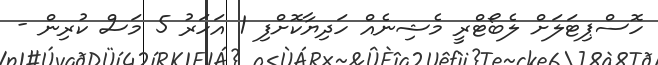
ހޮސްޕިޓަލަށް ލެބޯޓްރީ މެޝިނެއް ހަދިޔާކޮށްފި 1 އަހަރު 5 މަސް ކުރިން -